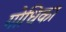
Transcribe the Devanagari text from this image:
गोधिका